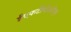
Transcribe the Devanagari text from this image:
ईएफटीपीओएस